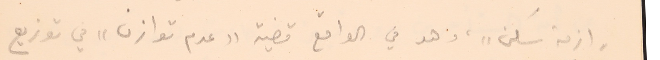
وازمة سكنٍ، وهو في الواقع قضية "عدم توازن" في توزيع